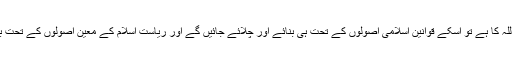
کیونکہ پاکستان آئینی طور پر اسلامی ملک ہے اور اقتدار اعلیٰ اللہ کا ہے تو اسکے قوانین اسلامی اصولوں کے تحت ہی بنائے اور چلائے جائیں گے اور ریاست اسلام کے معیّن اصولوں کے تحت بنیادی عقائد کے تحفّظ اور احترام کی ذمّہ دار ہے اور رہے گی۔